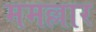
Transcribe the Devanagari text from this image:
ममल्लार